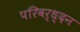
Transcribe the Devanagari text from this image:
परिवर्ध्दन